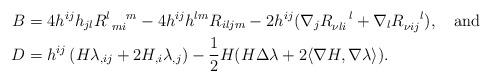
LaTeX: \begin{align*}B&=4h^{ij}h_{jl}R_{\ mi\ }^{l\ \ \ m}-4 h^{ij}h^{lm}R_{iljm}-2h^{ij}(\nabla_j R_{\nu li}^{\ \ \ l}+\nabla_l R_{\nu ij}^{\ \ \ l}),\quad\mbox{and} \\D&=h^{ij}\left(H\lambda_{,ij}+2H_{,i}\lambda_{,j}\right)-\frac{1}{2}H(H\Delta\lambda+2\langle\nabla H,\nabla\lambda\rangle).\end{align*}